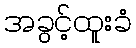
အခွင့်ထူးခံ